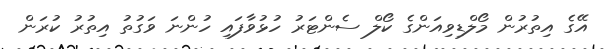
އޭގެ އިތުރުން މޯލްޑިވިއަންގެ ކޯލް ސެންޓަރު ހުޅުވާފައި ހުންނަ ވަގުތު އިތުރު ކުރަން